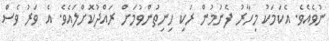
ނުވެއެވެ. އެކަމަކު މިހާރު ފެނުމުން ރަކި ހިނިތުންވުމަށް ރައްދުކޮށްލައެވެ. އެ ވަރު ވެސް